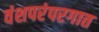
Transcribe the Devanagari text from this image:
वंशपरंपरगात